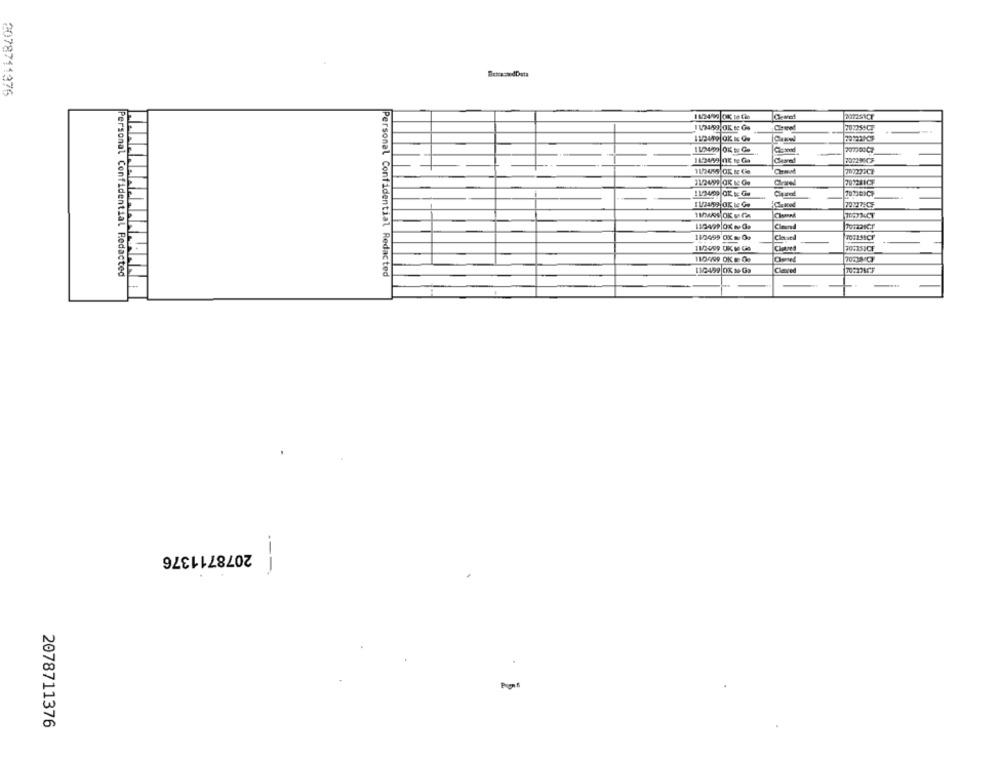
RutasadData
2078711376
11/2499 OK te Cle
Cirered
11/2440 OK Is Os
1124/99 OK 18 Ga
11/2499 OK 12 Ce
11/4/09 OK. 9: Go
11/24/99|OK Le Ge
112499 0KmG.
Cland
Clave
11/2499 CIK MO Gis
Personal Confidential Redacted
Personal Confidential Redacted
112499 OK So Ga
Chanced
2078711376
1
Pgmf
2078711376